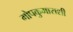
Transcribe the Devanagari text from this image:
गोपकुमाराशी